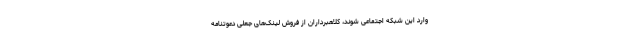
وارد این شبکه اجتماعی شوند، کلاهبرداران از فروش لینک‌های جعلی دعوتنامه